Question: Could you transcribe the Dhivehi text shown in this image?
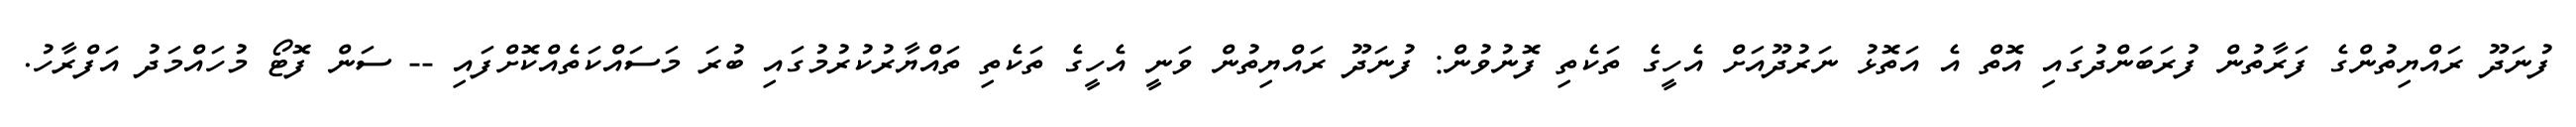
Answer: ފުނަދޫ ރައްޔިތުންގެ ފަރާތުން ފުރަބަންދުގައި އޮތް އެ އަތޮޅު ނަރުދޫއަށް އެހީގެ ތަކެތި ފޮނުވުން: ފުނަދޫ ރައްޔިތުން ވަނީ އެހީގެ ތަކެތި ތައްޔާރުކުރުމުގައި ބުރަ މަސައްކަތެއްކޮށްފައި -- ސަން ފޮޓޯ މުހައްމަދު އަފްރާހު.